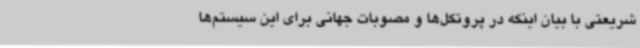
شریعتی با بیان اینکه در پروتکل‌ها و مصوبات جهانی برای این سیستم‌ها